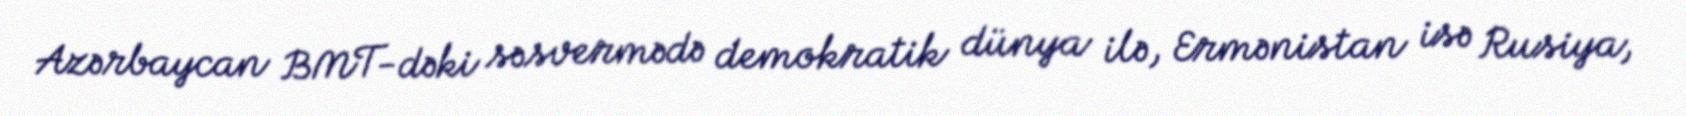
Azərbaycan BMT-dəki səsvermədə demokratik dünya ilə, Ermənistan isə Rusiya,